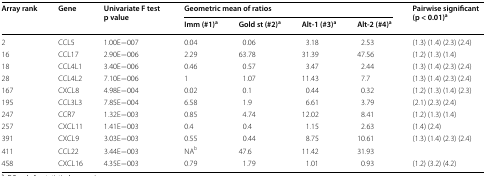
<table><thead><tr><td rowspan="2"><b>Array rank</b></td><td rowspan="2"><b>Gene</b></td><td rowspan="2"><b>Univariate F test p value</b></td><td colspan="4"><b>Geometric mean of ratios</b></td><td rowspan="2"><b>Pairwise significant (p &lt; 0.01)<sup>a</sup></b></td></tr><tr><td><b>Imm (#1)<sup>a</sup></b></td><td><b>Gold st (#2)<sup>a</sup></b></td><td><b>Alt-1 (#3)<sup>a</sup></b></td><td><b>Alt-2 (#4)<sup>a</sup></b></td></tr></thead><tbody><tr><td>2</td><td>CCL5</td><td>1.00E−007</td><td>0.04</td><td>0.06</td><td>3.18</td><td>2.53</td><td>(1.3) (1.4) (2.3) (2.4)</td></tr><tr><td>16</td><td>CCL17</td><td>2.90E−006</td><td>2.29</td><td>63.78</td><td>31.39</td><td>47.56</td><td>(1.2) (1.3) (1.4)</td></tr><tr><td>18</td><td>CCL4L1</td><td>3.40E−006</td><td>0.46</td><td>0.57</td><td>3.47</td><td>2.44</td><td>(1.3) (1.4) (2.3) (2.4)</td></tr><tr><td>28</td><td>CCL4L2</td><td>7.10E−006</td><td>1</td><td>1.07</td><td>11.43</td><td>7.7</td><td>(1.3) (1.4) (2.3) (2.4)</td></tr><tr><td>167</td><td>CXCL8</td><td>4.98E−004</td><td>0.02</td><td>0.1</td><td>0.44</td><td>0.32</td><td>(1.2) (1.3) (1.4) (2.3)</td></tr><tr><td>195</td><td>CCL3L3</td><td>7.85E−004</td><td>6.58</td><td>1.9</td><td>6.61</td><td>3.79</td><td>(2.1) (2.3) (2.4)</td></tr><tr><td>247</td><td>CCR7</td><td>1.32E−003</td><td>0.85</td><td>4.74</td><td>12.02</td><td>8.41</td><td>(1.2) (1.3) (1.4)</td></tr><tr><td>257</td><td>CXCL11</td><td>1.41E−003</td><td>0.4</td><td>0.4</td><td>1.15</td><td>2.63</td><td>(1.4) (2.4)</td></tr><tr><td>391</td><td>CXCL9</td><td>3.03E−003</td><td>0.55</td><td>0.44</td><td>8.75</td><td>10.61</td><td>(1.3) (1.4) (2.3) (2.4)</td></tr><tr><td>411</td><td>CCL22</td><td>3.44E−003</td><td>NA<sup>b</sup></td><td>47.6</td><td>11.42</td><td>31.93</td><td>[EMPTY_CELL]</td></tr><tr><td>458</td><td>CXCL16</td><td>4.35E−003</td><td>0.79</td><td>1.79</td><td>1.01</td><td>0.93</td><td>(1.2) (3.2) (4.2)</td></tr></tbody></table>